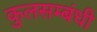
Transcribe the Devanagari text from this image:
कुलसम्बंधी